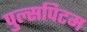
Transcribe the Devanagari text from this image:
पुल्सपिटम